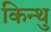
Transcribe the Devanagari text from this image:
किन्थु